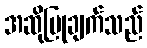
အဆိုပြုချက်သည်